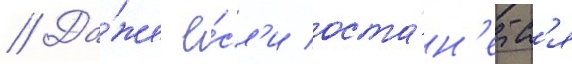
// Да́же е́сл'и оста́н'етс'я